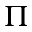
\Pi